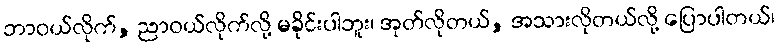
ဘာဝယ်လိုက်, ညာဝယ်လိုက်လို့ မခိုင်းပါဘူး၊ အုတ်လိုတယ်, အသားလိုတယ်လို့ ပြောပါတယ်၊